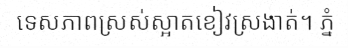
ទេសភាពស្រស់ស្អាតខៀវស្រងាត់។ ភ្នំ